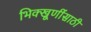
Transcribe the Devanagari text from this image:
भिक्खूणींसाठी